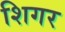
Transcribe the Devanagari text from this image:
शिगर